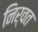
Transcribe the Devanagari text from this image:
निर्वत